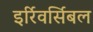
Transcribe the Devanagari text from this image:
इर्रिवर्सिबल